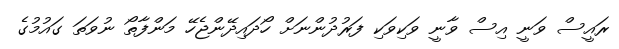
ރައީސް ވަނީ އިސް ވާނީ ވަކިވަކި ފަރުދުންނަށް ހޯދައިދޭންޖެހޭ މަންފާތޯ ނުވަތަ ގައުމުގެ